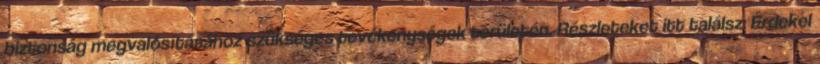
biztonság megvalósításához szükséges tevékenységek területén. Részleteket itt találsz: Érdekel